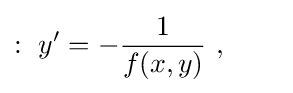
:\ y'=-{\frac {1}{f(x,y)}}\ ,\qquad